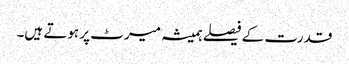
قدرت کے فیصلے ہمیشہ میرٹ پر ہوتے ہیں۔